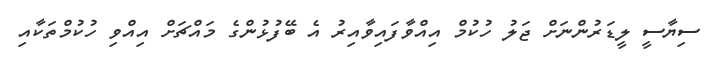
ސިޔާސީ ލީޑަރުންނަށް ޖަލު ހުކުމް އިއްވާފައިވާއިރު އެ ބޭފުޅުންގެ މައްޗަށް އިއްވި ހުކުމްތަކާއި